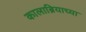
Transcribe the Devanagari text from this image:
कालाब्रियाच्या